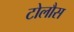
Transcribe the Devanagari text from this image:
टोलौस